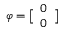
\boldsymbol { \varphi } = \bigl [ \begin{array} { l } { 0 } \\ { 0 } \end{array} \bigr ]